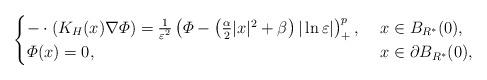
LaTeX: \begin{align*}\begin{cases}-\cdot(K_H(x)\nabla\varPhi)=\frac{1}{\varepsilon^2}\left( \varPhi-\left( \frac{\alpha}{2}|x|^2+\beta\right) |\ln\varepsilon|\right)^p_+,\ &x\in B_{R^*}(0),\\\varPhi(x)=0,\ &x\in \partial B_{R^*}(0),\end{cases}\end{align*}